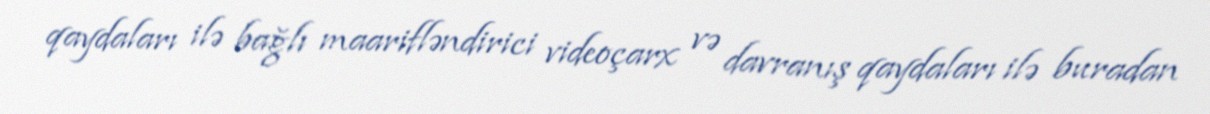
qaydaları ilə bağlı maarifləndirici videoçarx və davranış qaydaları ilə buradan